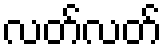
လတ်လတ်